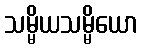
သမ္မိယသမ္မိယော